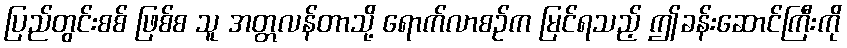
ပြည်တွင်းစစ် ဖြစ်စ သူ အတ္တလန်တာသို့ ရောက်လာစဉ်က မြင်ရသည့် ဤခန်းဆောင်ကြီးကို